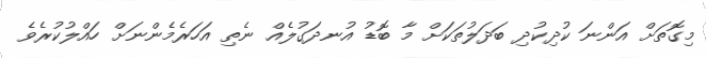
މިގޮތަށް އަންނަ ކުދިކުދި ބަދަލުތަކަށް މާ ބޮޑު އުނދަގުލެއް ނެތި އަހަރެމެންނަށް ހައްލުކުރެވެ